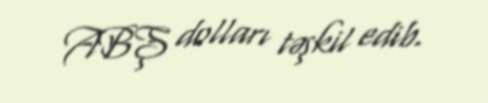
ABŞ dolları təşkil edib.